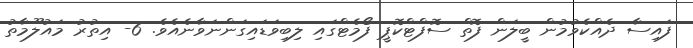
ފައިސާ ދެއްކެވުމުން ބީލަން ފޮތް ސޮފްޓްކޮޕީ ފޯމެޓްގައި ލިބިވަޑައިގަންނަވާނެއެވެ. 6- އިތުރު މައުލޫމާތު